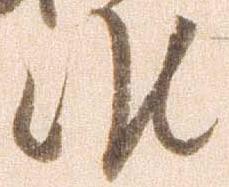
候